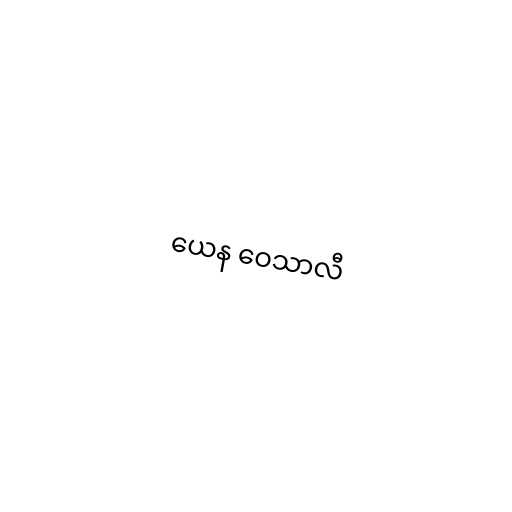
ယေန ဝေသာလီ